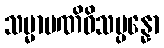
သမ္မာပဏိဓိသမ္ပန္နော